Vaccination in the Punjab 1905-1918 - 1905-1918
Year: 1905
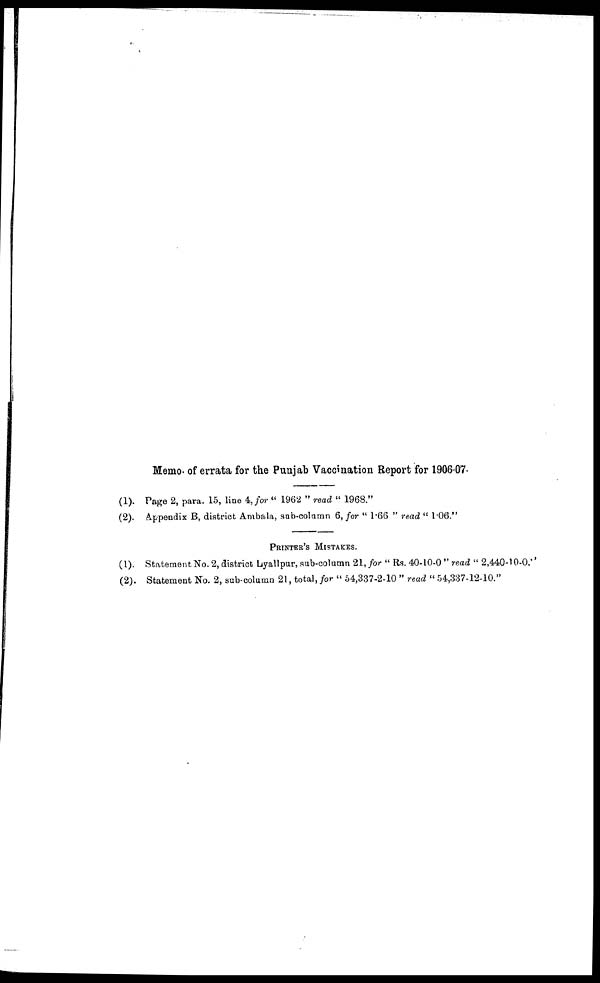
Memo of errata for the Punjab Vaccination Report for 1906-07.
(1). Page 2, para. 15, line 4, for " 1962 " read " 1968."
(2). Appendix B, district Ambala, sub-column 6, for " 1.66 " read " 1.06."
PRINTER'S MISTAKES.
(1). Statement No. 2, district Lyallpur, sub-column 21, for " Rs. 40-10-0 " read " 2,440-10-0.''
(2). Statement No. 2, sub-column 21, total, for " 54,337-2-10 " read " 54,337-12-10."